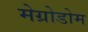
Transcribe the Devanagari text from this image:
मेग्रोडोम